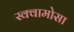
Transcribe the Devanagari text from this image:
स्क्वामोसा